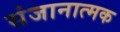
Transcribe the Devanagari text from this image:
संजानात्मक